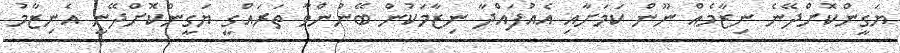
ޔަގީންކޮށްދޭނެ ނިޒާމެއް ނޫން ކަމަށާއި އެއުފައްދާ ނިޒާމަކުން ބޭނުންވާ ތަރައްގީ ޔަގީންކޮށްދޭނީ އެނިޒާމު